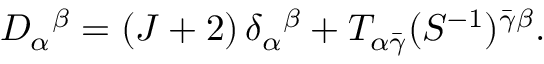
D _ { \alpha } { } ^ { \beta } = ( J + 2 ) \, \delta _ { \alpha } { } ^ { \beta } + T _ { \alpha \bar { \gamma } } ( S ^ { - 1 } ) ^ { \bar { \gamma } \beta } .